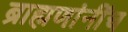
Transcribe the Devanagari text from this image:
ब्राह्मणांनींच